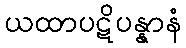
ယထာပဋိပန္နာနံ